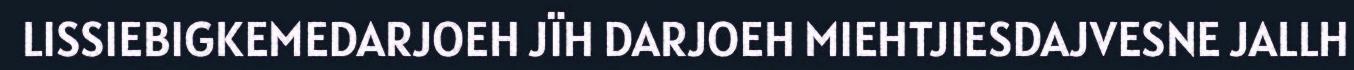
LISSIEBIGKEMEDARJOEH JÏH DARJOEH MIEHTJIESDAJVESNE JALLH